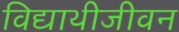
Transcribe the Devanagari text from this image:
विद्याथीजीवन